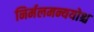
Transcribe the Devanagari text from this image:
निर्मलमन्ययोश्च